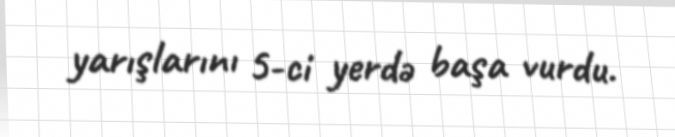
yarışlarını 5-ci yerdə başa vurdu.